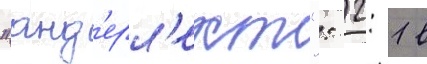
"анд'ерл'ехт": 2: 1 в